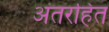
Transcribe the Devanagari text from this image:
अंतरहित